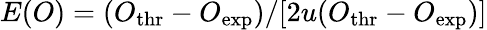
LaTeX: E(O)=(O_{\mathrm{thr}}-O_{\mathrm{exp}})/[2u(O_{\mathrm{thr}}-O_{\mathrm{exp}})]